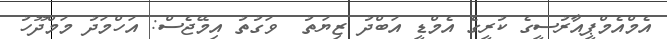
އެމްއެމްޕީއާރުސީގެ ކުރީގެ އެމްޑީ އަބްދު ޒިޔަތު  ވަގުތު އިމޭޖެސް: އަހްމަދު މަމްދޫހު